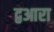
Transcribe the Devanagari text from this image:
द्वआरा